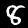
Label: 8